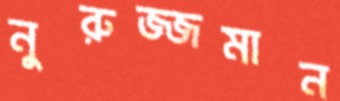
নুরুজ্জমান